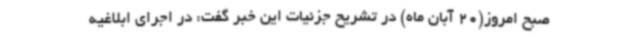
صبح امروز(20 آبان ماه) در تشریح جزئیات این خبر گفت: در اجرای ابلاغیه